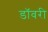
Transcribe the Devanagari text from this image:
डॉवरी